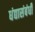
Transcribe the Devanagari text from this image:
धंद्यासंबंधीं